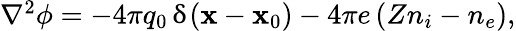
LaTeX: \begin{array}{r}{\nabla^{2}\phi=-4\pi q_{0}\, \updelta(\mathbf{x}-\mathbf{x}_{0})-4\pi e\left(Zn_{i}-n_{e}\right),}\end{array}